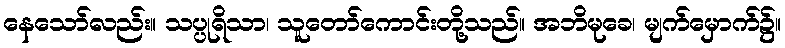
နေသော်လည်း။ သပ္ပုရိသာ၊ သူတော်ကောင်းတို့သည်။ အဘိမုခေ၊ မျက်မှောက်၌။